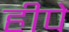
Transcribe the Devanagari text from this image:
हीपे